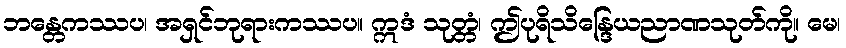
ဘန္တေကဿပ၊ အရှင်ဘုရားကဿပ။ ဣဒံ သုတ္တံ၊ ဤပုရိသိန္ဒြေယညာဏသုတ်ကို။ မေ၊